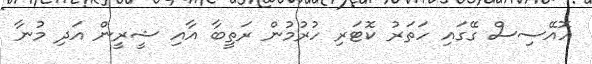
އޮއޭސިސް ގޭގައި ހަތަރު ކޮޓަރި ހުރުމުން ރަތީބާ އާއި ޝީރީން އަދި މުނާ